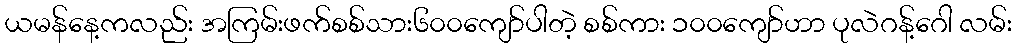
ယမန်နေ့ကလည်း အကြမ်းဖက်စစ်သား၆၀၀ကျော်ပါတဲ့ စစ်ကား ၁၀၀ကျော်ဟာ ပုလဲဂန့်ဂေါ လမ်း